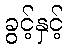
ခွင့်နှင့်